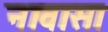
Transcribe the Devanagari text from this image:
नावासा